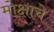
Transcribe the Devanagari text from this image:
मोक्षाचे